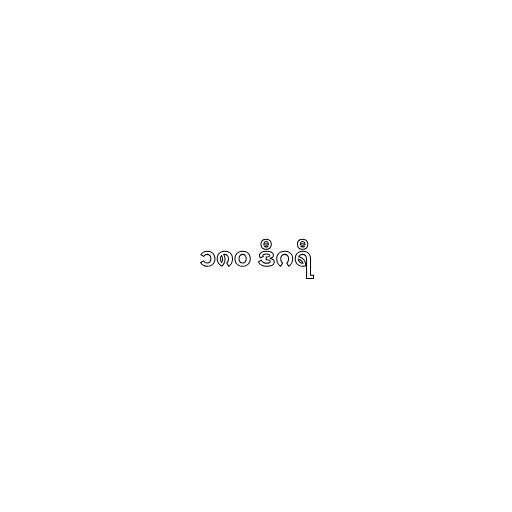
၁၈၀ ဒီဂရီ